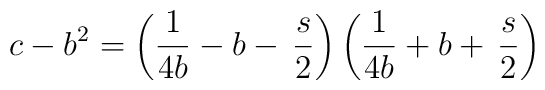
c-b^2=\left({1\over 4b}-b-\,\frac{s}{2}\right)\left({1\over 4b}+b+\,\frac{s}{2}\right)